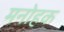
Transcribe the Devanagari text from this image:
मनोहक